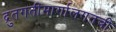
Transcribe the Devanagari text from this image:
द्रुतगतीमार्गालगतची